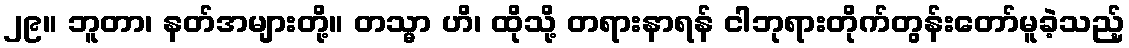
၂၉။ ဘူတာ၊ နတ်အများတို့။ တသ္မာ ဟိ၊ ထိုသို့ တရားနာရန် ငါဘုရားတိုက်တွန်းတော်မူခဲ့သည့်